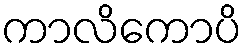
ကာလိကောပိ